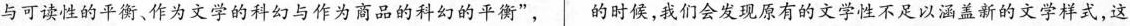
与可读性的平衡、作为文学的科幻与作为商品的科幻的平衡”，的时候，我们会发现原有的文学性不足以涵盖新的文学样式，这